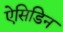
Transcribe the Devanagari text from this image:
ऐसिडिन